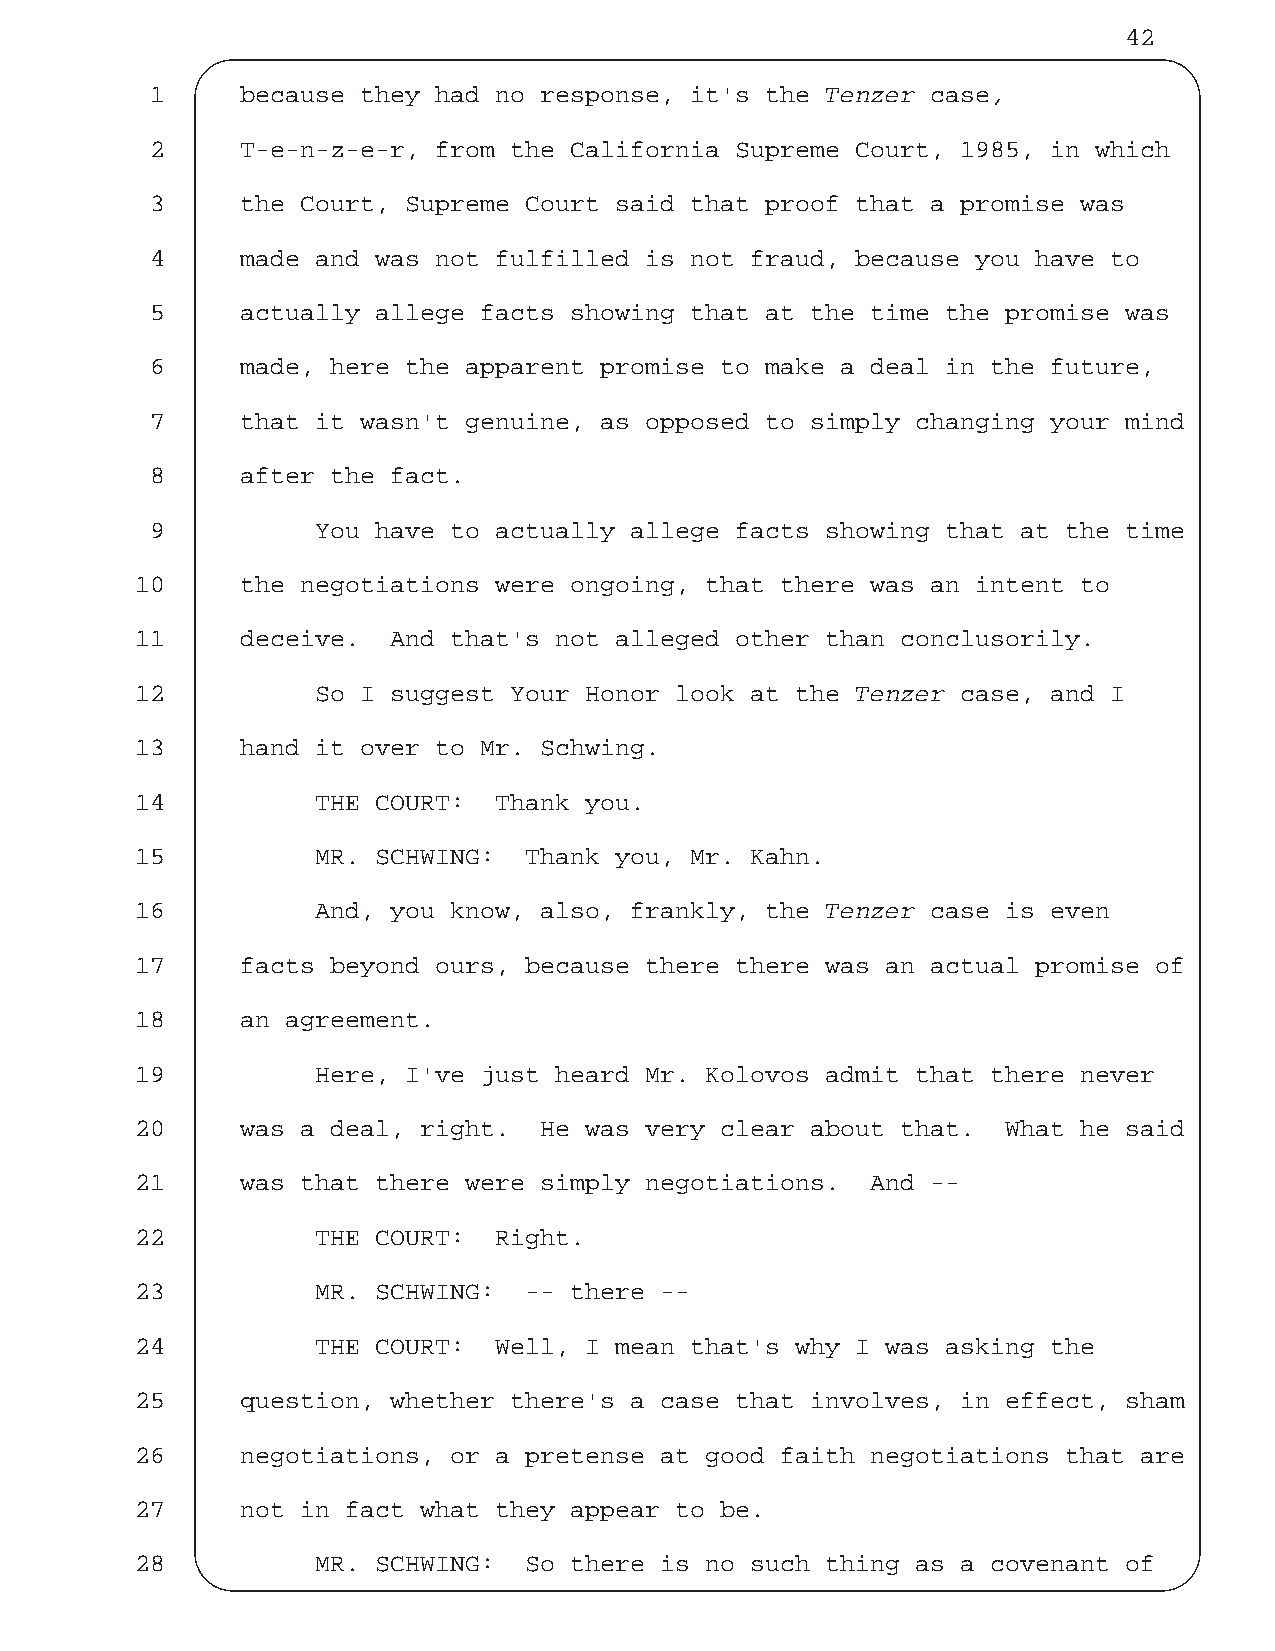
42
 1     because they had no response, it's the Tenzer case,
 2     T-e-n-z-e-r, from the California Supreme Court, 1985, in which
 3     the Court, Supreme Court said that proof that a promise was
 4     made and was not fulfilled is not fraud, because you have to
 5     actually allege facts showing that at the time the promise was
 6     made, here the apparent promise to make a deal in the future,
 7     that it wasn't genuine, as opposed to simply changing your mind
 8     after the fact.
 9          You have to actually allege facts showing that at the time
 10     the negotiations were ongoing, that there was an intent to
 11     deceive.  And that's not alleged other than conclusorily.
 12          So I suggest Your Honor look at the Tenzer case, and I
 13     hand it over to Mr. Schwing.
 14          THE COURT:  Thank you.
 15          MR. SCHWING:  Thank you, Mr. Kahn.
 16          And, you know, also, frankly, the Tenzer case is even
 17     facts beyond ours, because there there was an actual promise of
 18     an agreement.
 19          Here, I've just heard Mr. Kolovos admit that there never
 20     was a deal, right.  He was very clear about that.  What he said
 21     was that there were simply negotiations.  And --
 22          THE COURT:  Right.
 23          MR. SCHWING:  -- there --
 24          THE COURT:  Well, I mean that's why I was asking the
 25     question, whether there's a case that involves, in effect, sham
 26     negotiations, or a pretense at good faith negotiations that are
 27     not in fact what they appear to be.
 28          MR. SCHWING:  So there is no such thing as a covenant of